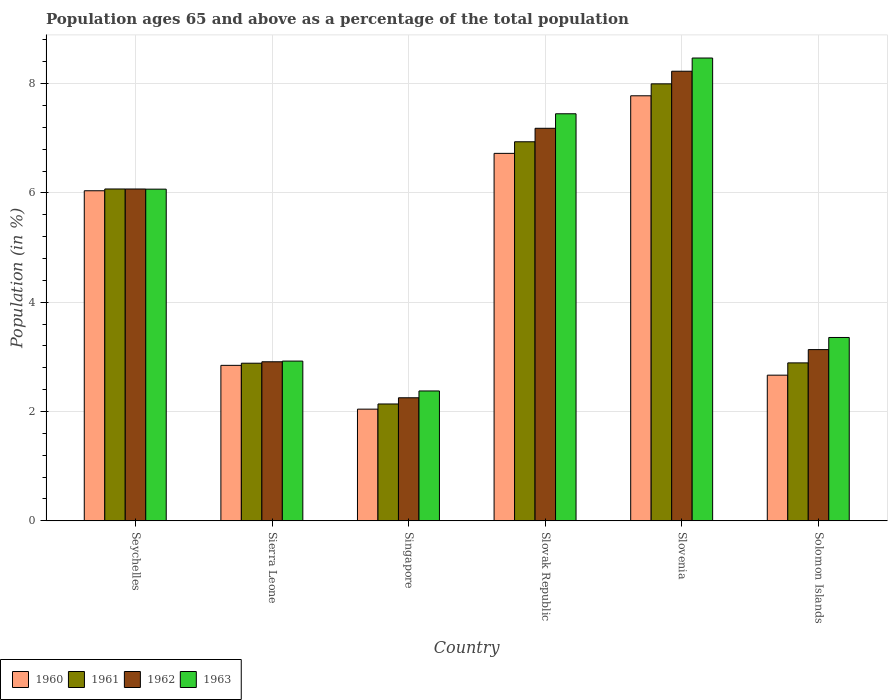
| Country | 1960 | 1961 | 1962 | 1963 |
 | --- | --- | --- | --- | --- |
 | Seychelles | 6.04 | 6.07 | 6.07 | 6.07 |
 | Sierra Leone | 2.85 | 2.88 | 2.91 | 2.92 |
 | Singapore | 2.04 | 2.14 | 2.25 | 2.38 |
 | Slovak Republic | 6.72 | 6.94 | 7.18 | 7.45 |
 | Slovenia | 7.78 | 8 | 8.23 | 8.47 |
 | Solomon Islands | 2.67 | 2.89 | 3.13 | 3.36 |